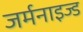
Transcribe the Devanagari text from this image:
जर्मनाइज्ड